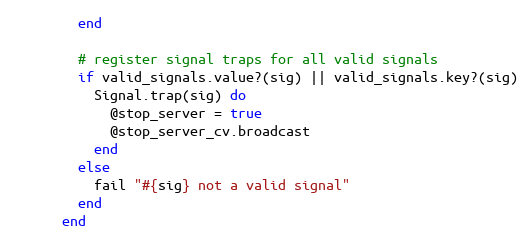
Language: Ruby
        end

        # register signal traps for all valid signals
        if valid_signals.value?(sig) || valid_signals.key?(sig)
          Signal.trap(sig) do
            @stop_server = true
            @stop_server_cv.broadcast
          end
        else
          fail "#{sig} not a valid signal"
        end
      end